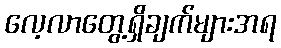
လေ့လာတွေ့ရှိချက်များအရ